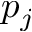
p _ { j }